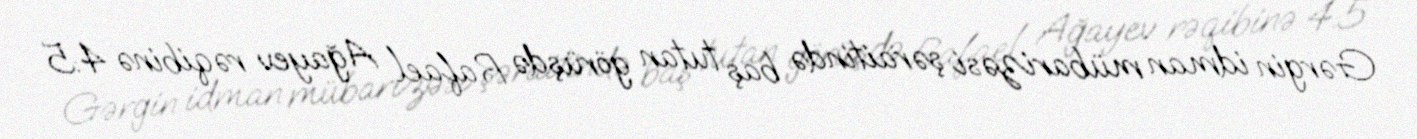
Gərgin idman mübarizəsi şəraitində baş tutan görüşdə Rafael Ağayev rəqibinə 4:5